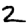
Digit: 2